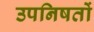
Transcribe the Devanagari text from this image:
उपनिषतों